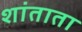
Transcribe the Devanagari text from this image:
शांताता